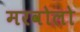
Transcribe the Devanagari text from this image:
मरवोलो